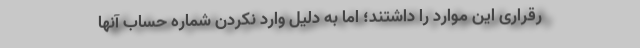
رقراری این موارد را داشتند؛ اما به دلیل وارد نکردن شماره حساب آنها